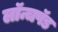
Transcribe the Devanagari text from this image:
लॉन्चपॅड